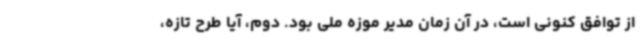
از توافق کنونی است، در آن زمان مدیر موزه ملی بود. دوم، آیا طرح تازه،